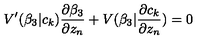
V ^ { \prime } ( \beta _ { 3 } | c _ { k } ) \frac { \partial \beta _ { 3 } } { \partial z _ { n } } + V ( \beta _ { 3 } | \frac { \partial c _ { k } } { \partial z _ { n } } ) = 0